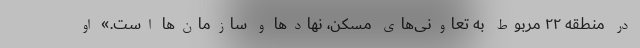
در منطقه ۲۲ مربوط به تعاونی‌های مسکن، نهادها و سازمان‌ها است.» او